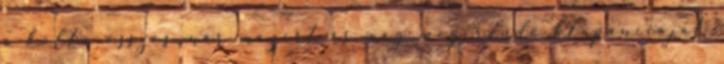
a költő összes már megírt és még megírandó klapanciáját